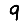
Digit: 9